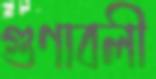
গুণাবলী